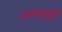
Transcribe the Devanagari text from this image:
तत्त्वदृष्ट